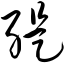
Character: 缇